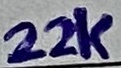
Text: 22K